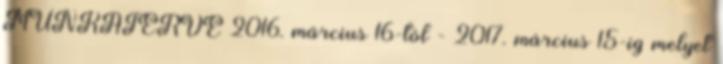
MUNKATERVE 2016. március 16-tól - 2017. március 15-ig melyet